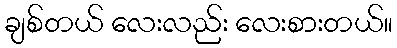
ချစ်တယ် လေးလည်း လေးစားတယ်။